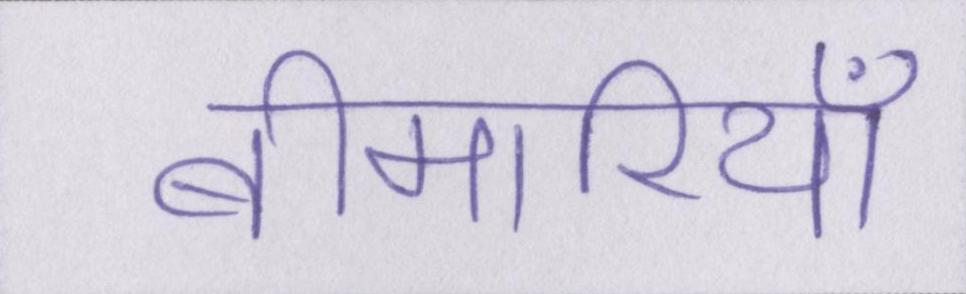
बीमारियाँ